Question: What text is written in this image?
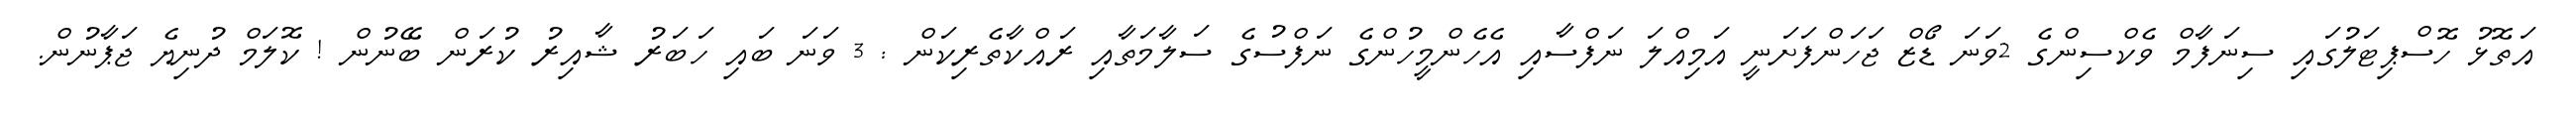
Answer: އަތޮޅު ހޮސްޕިޓަލުގައި ސިނަފާމް ވެކްސިންގެ 2ވަނަ ޑޯޒް ޖަހަންފަށަނީ އަމިއްލަ ނަފްސާއި އެހެންމީހުންގެ ނަފްސުގެ ސަލާމަތާއި ރައްކާތެރިކަން : 3 ވަނަ ބައި ހަބަރު ޝާއިރު ކުރަން ބޭނުން ! ކޮލަމް ދުނިޔެ ޖަޕާނުން.